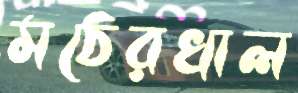
মঠেরখাল